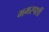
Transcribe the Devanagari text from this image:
ममस्पर्शी